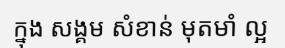
ក្នុង សង្គម សំខាន់ មុតមាំ ល្អ